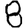
Digit: 8